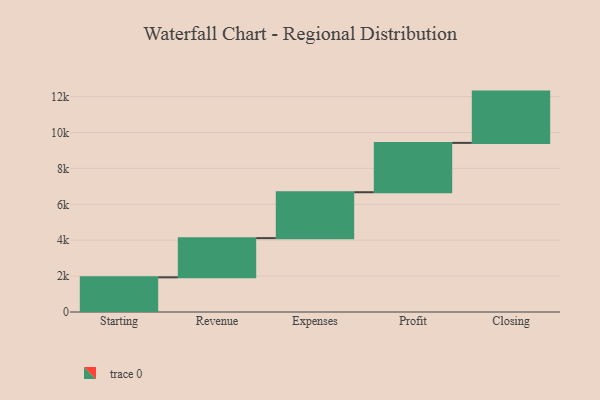
{"axis": {"x": "Step", "y": "Value"}, "legend": [""], "data": [{"x": "Starting", "y": 1932.0, "type": ""}, {"x": "Revenue", "y": 2184.0, "type": ""}, {"x": "Expenses", "y": 2557.0, "type": ""}, {"x": "Profit", "y": 2750.0, "type": ""}, {"x": "Closing", "y": 2857.0, "type": ""}]}